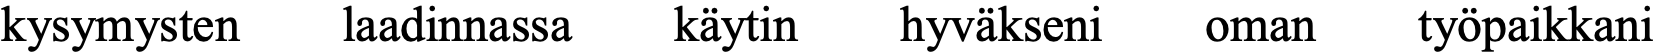
kysymysten laadinnassa käytin hyväkseni oman   työpaikkani